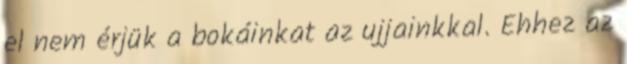
el nem érjük a bokáinkat az ujjainkkal. Ehhez az